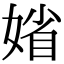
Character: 𡞞